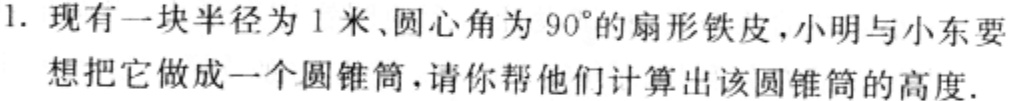
1. 现有一块半径为1米、圆心角为\(90^{\circ}\)的扇形铁皮，小明与小东要想把它做成一个圆锥筒，请你帮他们计算出该圆锥筒的高度.